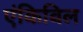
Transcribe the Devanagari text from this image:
एंकिविल